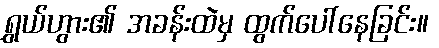
ရွှယ်ဟွား၏ အခန်းထဲမှ ထွက်ပေါ်နေခြင်း။